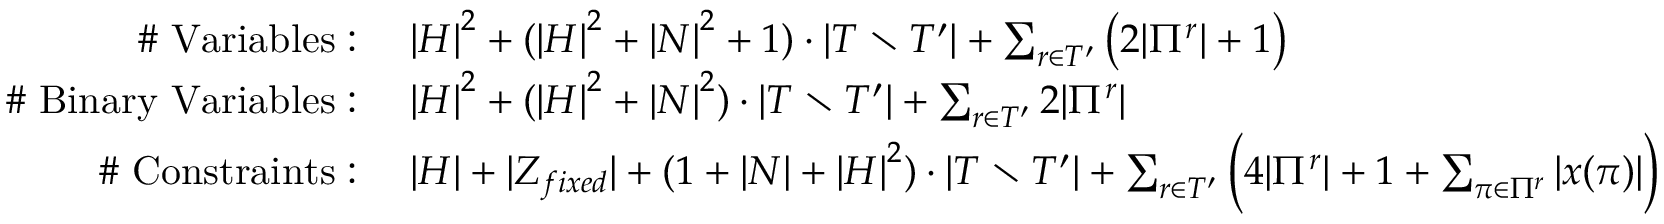
\begin{array} { r l } { \mathrm { \# ~ V a r i a b l e s : ~ } } & { { | H | } ^ { 2 } + ( { | H | } ^ { 2 } + { | N | } ^ { 2 } + 1 ) \cdot | T \setminus T ^ { \prime } | + \sum _ { r \in T ^ { \prime } } \big ( 2 | \Pi ^ { r } | + 1 \big ) } \\ { \mathrm { \# ~ B i n a r y ~ V a r i a b l e s : ~ } } & { { | H | } ^ { 2 } + ( { | H | } ^ { 2 } + { | N | } ^ { 2 } ) \cdot | T \setminus T ^ { \prime } | + \sum _ { r \in T ^ { \prime } } 2 | \Pi ^ { r } | } \\ { \mathrm { \# ~ C o n s t r a i n t s : ~ } } & { | H | + | Z _ { f i x e d } | + ( 1 + | N | + { | H | } ^ { 2 } ) \cdot | T \setminus T ^ { \prime } | + \sum _ { r \in T ^ { \prime } } \bigg ( 4 | \Pi ^ { r } | + 1 + \sum _ { \pi \in \Pi ^ { r } } | x ( \pi ) | \bigg ) } \end{array}